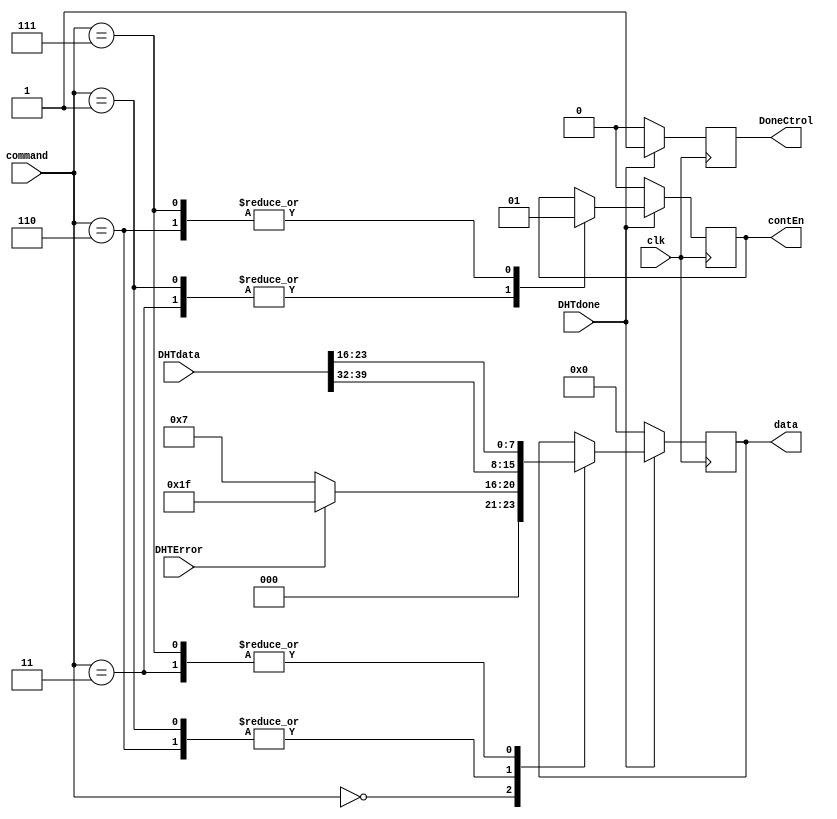
module control(
	input clk,
	input [39:0] DHTdata, 
	input DHTdone, 
	input DHTError, 
	input [2:0] command,
	output reg DoneCtrol, 
	output reg [7:0] data,
	output reg contEn);
	
	reg cont;
	reg state;
	localparam com = 0, dt = 1;
	
	
	always @(posedge clk) begin
		if (DHTdone) begin
			case (command)
				3'b000: begin 
					if (DHTError) begin 
						data <= 8'b00011111;
					end else begin data <= 8'b00000111; 
					end
				end
				3'b001: begin data <= DHTdata[39:32];	
					contEn <= 0;
				end
				3'b011: begin data <= DHTdata[23:16]; 
					contEn <= 0;
				end
				3'b110: begin data <= DHTdata[39:32];	
					contEn <= 1;
				end
				3'b111: begin data <= DHTdata[23:16];
					contEn <= 1;
				end
			endcase
			DoneCtrol <= 1;
		end else begin
			contEn <= 0;
			data <= 8'b0;
			DoneCtrol <= 0;
		end
		
	end
	
	
endmodule